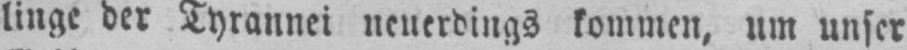
linge der Tyrannei neuerdings kommen, um unser